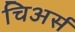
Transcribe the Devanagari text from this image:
चिअर्स